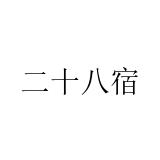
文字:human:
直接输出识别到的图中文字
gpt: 二十八宿